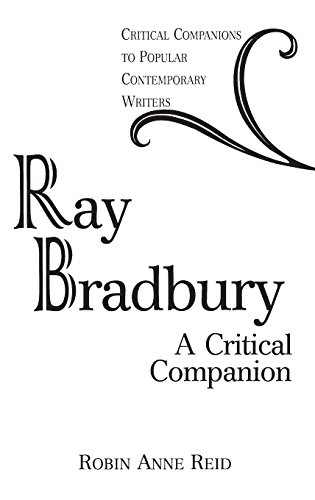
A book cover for Ray Bradbury: A Critical Companion (Critical Companions to Popular Contemporary Writers); Robin Anne Reid; Science Fiction & Fantasy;